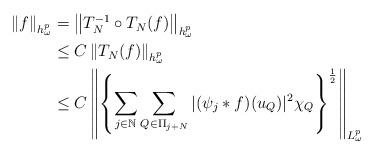
LaTeX: \begin{align*}\begin{aligned}\left \|f\right \|_{h_{\omega}^{p}}&=\left \|T_{N}^{-1}\circ T_{N}(f)\right \|_{h_{\omega}^{p}}\\&\leq C\left \|T_{N}(f)\right \|_{h_{\omega}^{p}}\\&\leq C\left \|\left\{\sum\limits_{j\in\mathbb N}\sum\limits_{Q\in\Pi_{j+N}}\vert(\psi_{j}\ast f)(u_{Q})\vert^{2}\chi_{Q}\right\}^{\frac{1}{2}}\right \|_{L_{\omega}^{p}}\end{aligned}\end{align*}